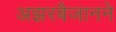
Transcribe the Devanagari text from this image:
अझरबैजानने